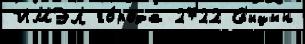
ИМЭЛ го́рода 2722 Сп'ицын